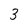
Character: 3